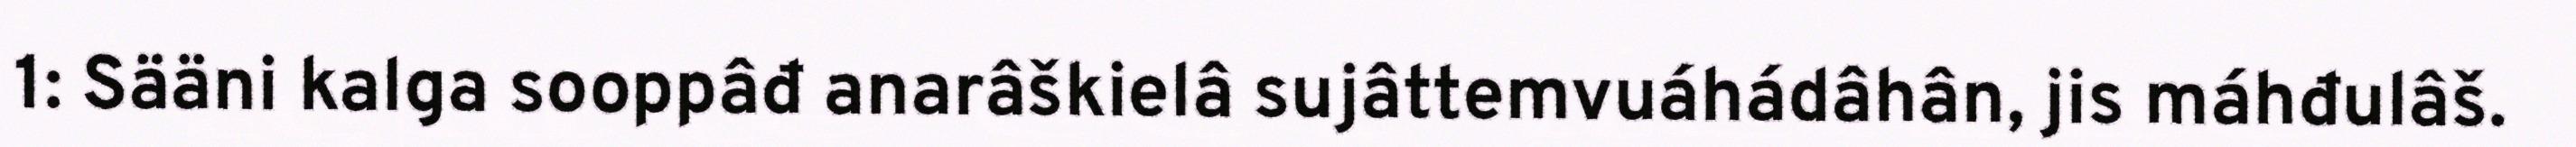
1: Sääni kalga sooppâđ anarâškielâ sujâttemvuáhádâhân, jis máhđulâš.